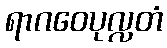
ရာဂဝေပုလ္လတံ